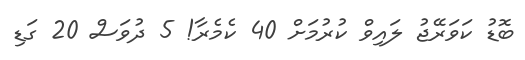
ބޮޑު ކަވަރޭޖު ލައިވް ކުރުމަށް 40 ކެމެރާ! 5 ދުވަސް 20 ގަޑި